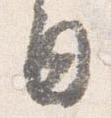
日